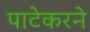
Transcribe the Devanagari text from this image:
पाटेकरने